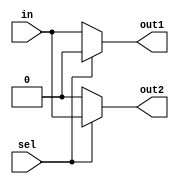
module demux(input wire in, input wire sel, output reg out1, output reg out2);
  always @(in, sel)
    begin
      if (sel == 0)
        begin
          out1 = in;
          out2 = 1'b0;
        end
      else
        begin
          out1 = 1'b0;
          out2 = in;
        end
    end
endmodule